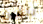
دلفين